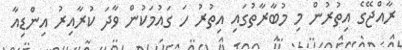
ރާއްޖޭގެ އިތުރުން މި މުބާރާތުގައި އިތުރު ހަ ގައުމަކުން ވާދަ ކުރާއިރު އިންޑިއާ